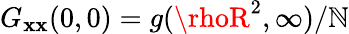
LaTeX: G_{\mathbf{x}\mathbf{x}}(0,0)=g(\rhoR^{2},\infty)/\mathbb{N}